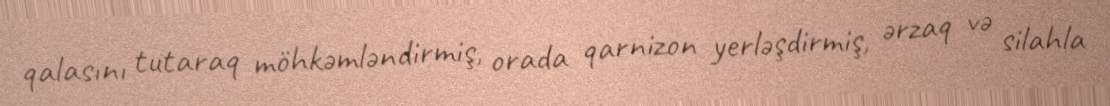
qalasını tutaraq möhkəmləndirmiş, orada qarnizon yerləşdirmiş, ərzaq və silahla